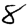
Digit: 8